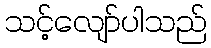
သင့်လျော်ပါသည်